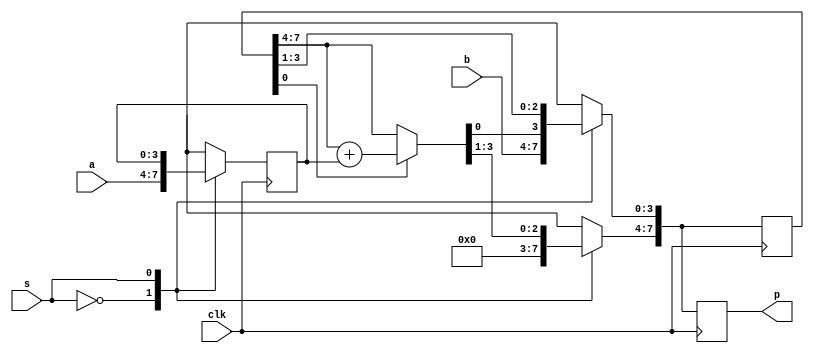
module shiftadd(p,a,b,clk,s);

output reg[7:0]p; //Output variable p

input [3:0]a,b; //Input variable a,b

input clk,s; //s is the control input, clk is clock input

reg [3:0]x; //Register to store input a

reg [7:0]y; //Register to store input b

always @(posedge clk)

begin

	case(s)

		1'b0:begin //When s=0

			x=a; //Load input 'a' to register 'x'

			y[3:0]=b; //Load input 'b' to lower nibble of register 'y'

			y[7:4]=4'b0000; //Make upper nibble of register 'y' as '0000'

		end

		1'b1:begin //When s=1

			if(y[0]) //If LSB of 'y' is set

			y[7:4]=y[7:4]+x; //Add register 'x' to upper nibble of register of 'y'

			y={1'b0,y[7:1]}; // Shift right by 1 bit

		end

	endcase

	p=y; //Assign product

end

endmodule